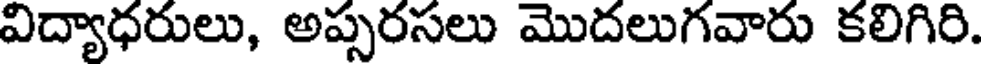
విద్యాధరులు, అప్పరసలు మొదలుగవారు కలిగిరి.